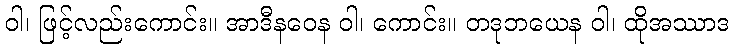
ဝါ၊ ဖြင့်လည်းကောင်း။ အာဒီနဝေန ဝါ၊ ကောင်း။ တဒုဘယေန ဝါ၊ ထိုအဿာဒ